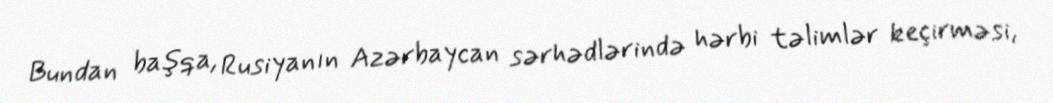
Bundan başqa, Rusiyanın Azərbaycan sərhədlərində hərbi təlimlər keçirməsi,